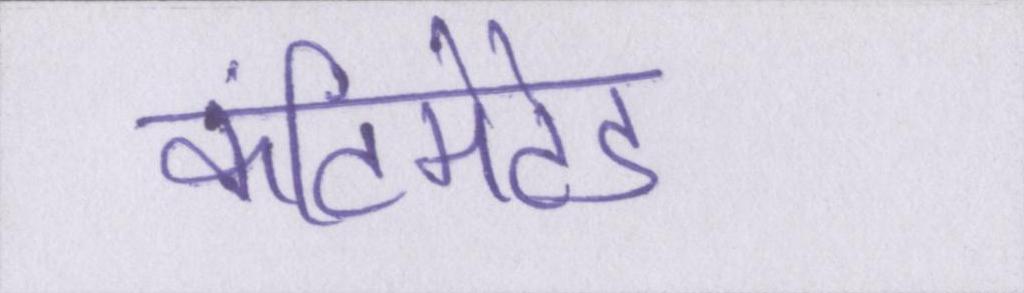
कंटिमेटेड